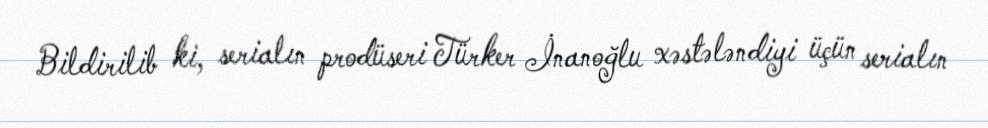
Bildirilib ki, serialın prodüseri Türker İnanoğlu xəstələndiyi üçün serialın